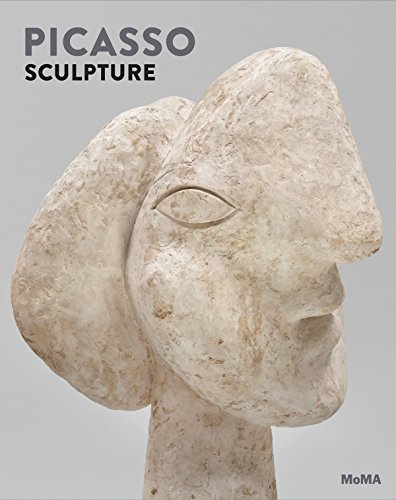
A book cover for Picasso Sculpture; Luise Mahler; Arts & Photography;